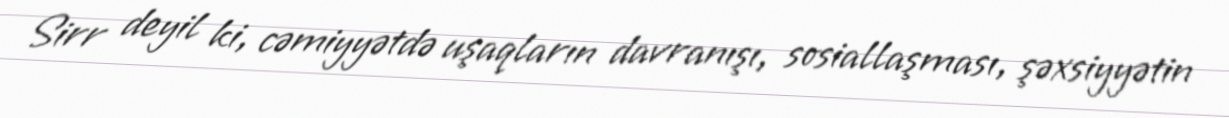
Sirr deyil ki, cəmiyyətdə uşaqların davranışı, sosiallaşması, şəxsiyyətin